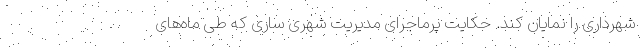
شهرداری را نمایان کند. حکایت پرماجرای مدیریت شهری ساری که طی ماه‌های